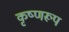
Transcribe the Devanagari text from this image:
कृष्णरूप